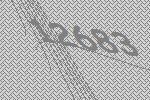
12683